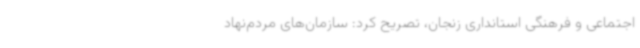
اجتماعی و فرهنگی استانداری زنجان، تصریح کرد: سازمان‌های مردم‌نهاد